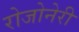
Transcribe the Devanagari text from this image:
रोजोनेरी